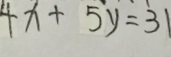
4 x + 5 y = 3 1